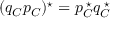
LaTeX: ( q _ { \cal C } p _ { \cal C } ) ^ { \star } = p _ { \cal C } ^ { \; \star } q _ { \cal C } ^ { \; \star }